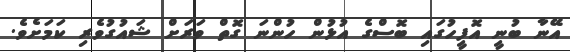
އޭނާ ބުނީ އޮފީހުގައި ބޮސްގެ އުޅުން ހުންނަ ގޮތް ވަރަށް ޝައުގުވެރި ކަމަށެވެ.